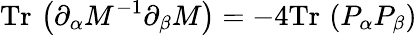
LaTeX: \mathrm{Tr}\, \left(\partial_{\alpha}M^{-1}\partial_{\beta}M\right)=-4\mathrm{Tr}\, \left(P_{\alpha}P_{\beta}\right)